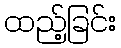
ထည့်ခြင်း